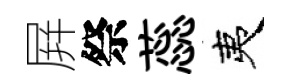
屛祭蕊夷